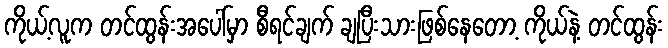
ကိုယ့်လူက တင်ထွန်းအပေါ်မှာ စီရင်ချက် ချပြီးသားဖြစ်နေတော့ ကိုယ်နဲ့ တင်ထွန်း